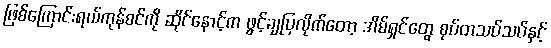
ဖြစ်ကြောင်းရယ်ကုန်စင်ကို ဆိုင်နောင့်က ဖွင့်ချပြလိုက်တော့ အိမ်ရှင်တွေ စုပ်တသပ်သပ်နှင့်